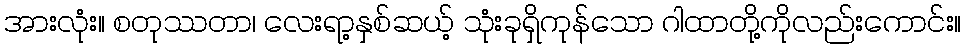
အားလုံး။ စတုဿတာ၊ လေးရာ့နှစ်ဆယ့် သုံးခုရှိကုန်သော ဂါထာတို့ကိုလည်းကောင်း။